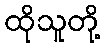
ထိုသူတို့